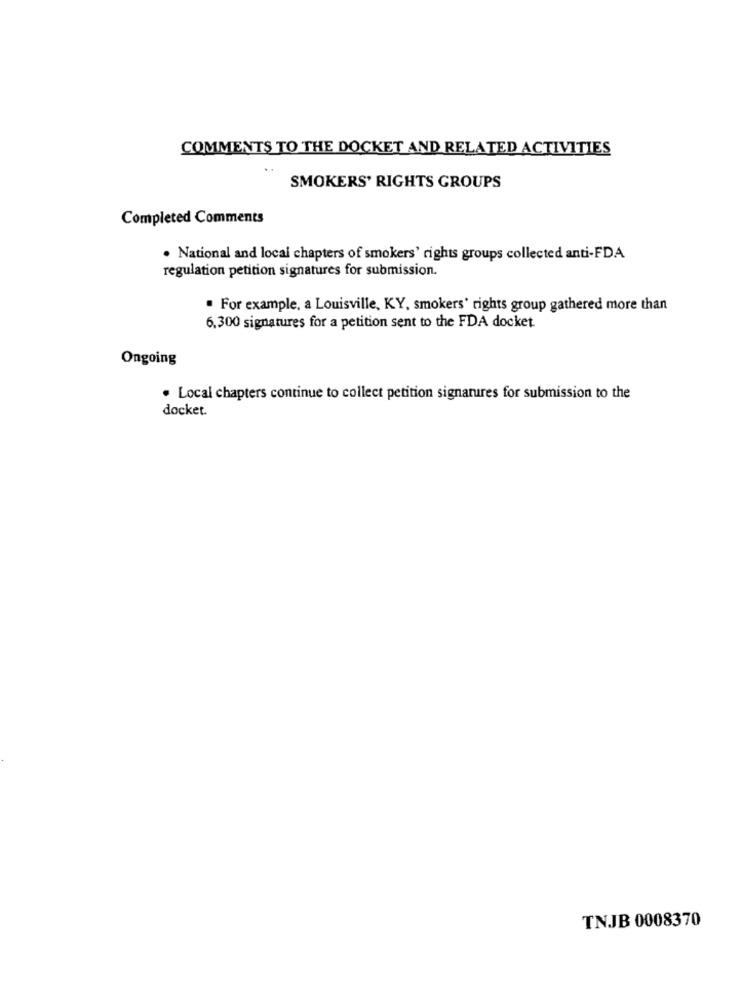
COMMENTS TO THE DOCKET AND RELATED ACTIVITIES
SMOKERS' RIGHTS GROUPS
Completed Comments
. National and local chapters of smokers' rights groups collected anti-FDA
regulation petition signatures for submission.
. For example, a Louisville, KY, smokers' rights group gathered more than
6.300 signatures for a petition sent to the FDA docket.
Ongoing
. Local chapters continue to collect petition signatures for submission to the
docket.
TNJB 0008370